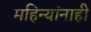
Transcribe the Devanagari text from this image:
महिन्यांनाही